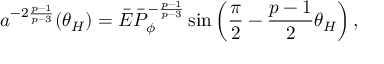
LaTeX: a ^ { - 2 { \frac { p - 1 } { p - 3 } } } ( \theta _ { H } ) = \bar { \cal E } \bar { \cal P } _ { \phi } ^ { - { \frac { p - 1 } { p - 3 } } } \sin \left( { \frac { \pi } { 2 } } - { \frac { p - 1 } { 2 } } \theta _ { H } \right) ,